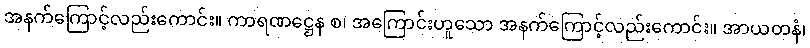
အနက်ကြောင့်လည်းကောင်း။ ကာရဏဋ္ဌေန စ၊ အကြောင်းဟူသော အနက်ကြောင့်လည်းကောင်း။ အာယတနံ၊